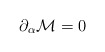
\begin{align*}\partial _{\alpha }{\cal M}=0 \end{align*}